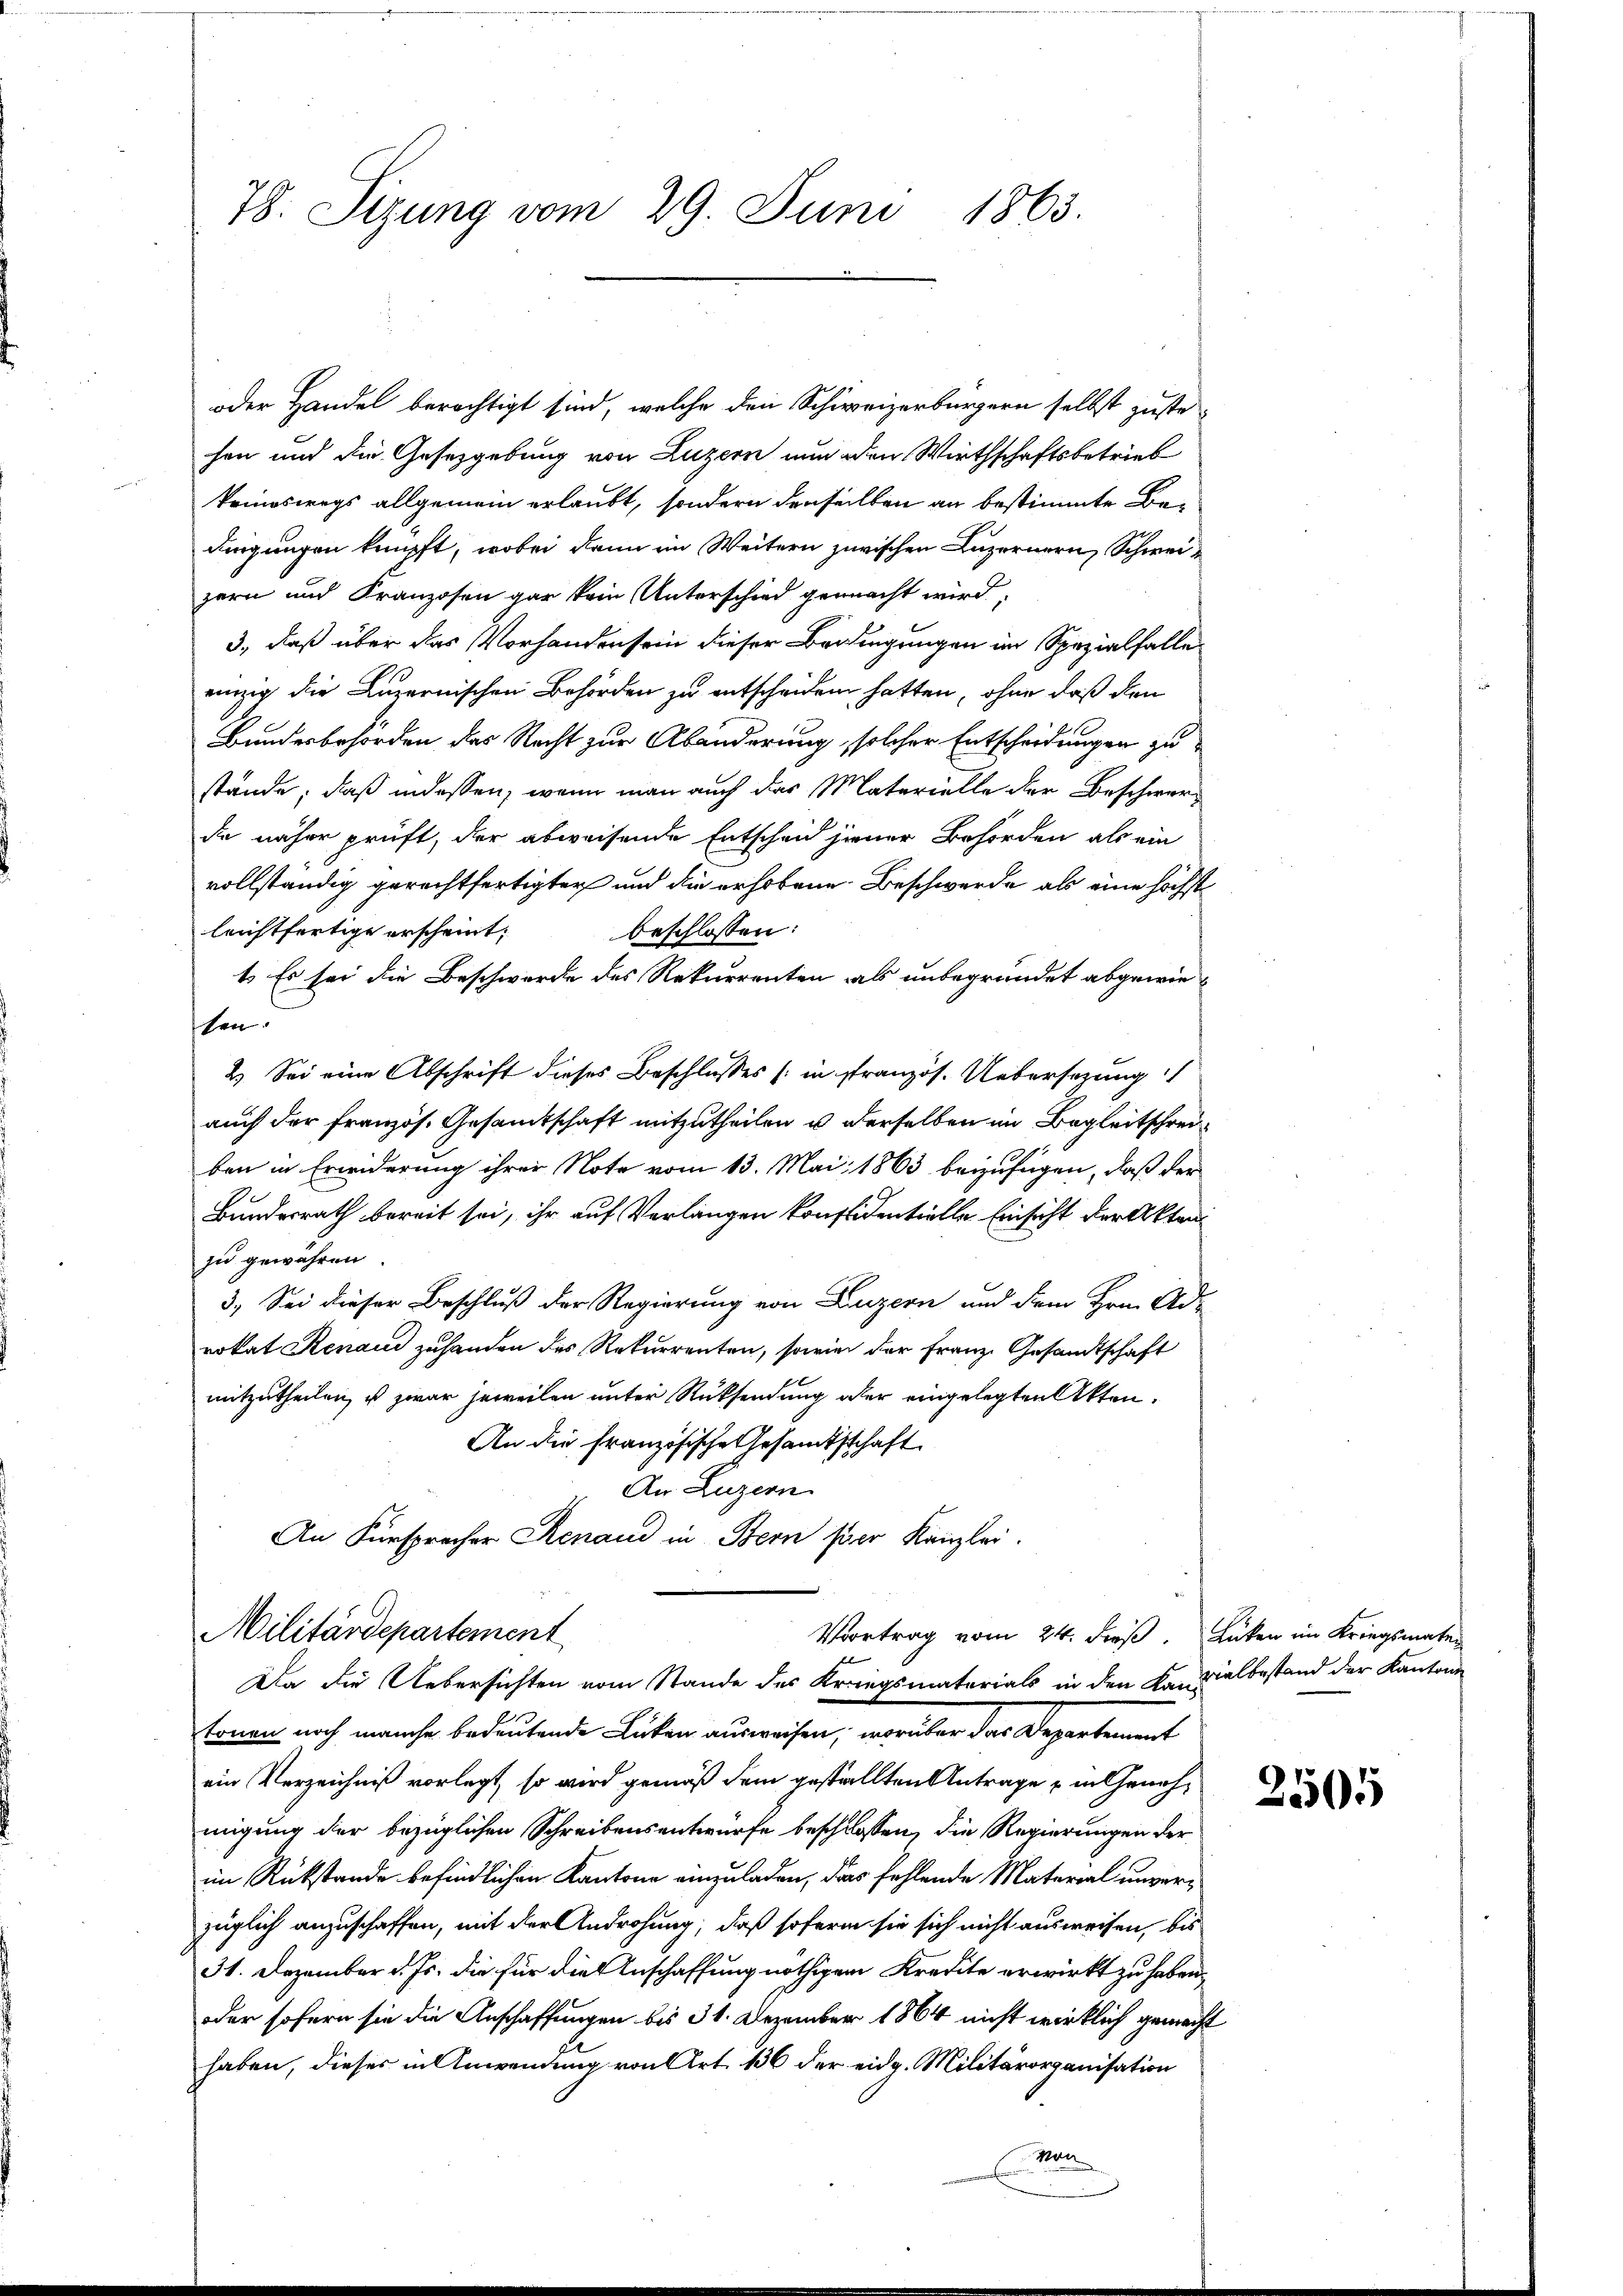
78. Sizung vom 29. Juni 1863.

oder Handel berechtigt sind, welche den Schweizerbürgern selbst zuste-
hen und die Gesetzgebung von Luzern nun den Wirthschaftsbetrieb
keineswegs allgemein erlaubt, sondern denselben an bestimmte Bedingungen knüpft, wobei dann im Weitern zurischen Luzernern, Schweizern und Franzosen gar kein Unterschied gemacht wird,
3., daß über das Vorhanden sein dieser Bedingungen im Spezialfalle
einzig die Luzernischen Behörden zu entscheiden hatten, ohne daß den
Bundesbehörden des Recht zur Abänderung, solcher Entscheidungen zu
stände; daß indessen, wenn man auch das Materielle der Beschwerde näher prüft, der abweisende Entschein jener Behörden als ein
vollständig gerechtfertigter und die erhobene Beschwerde als eine höchst
leichtfertige erscheint;
beschlossen:
1. Es sei die Beschwerde des Rekurrenten als unbegründet abgewieschen.
2.) Sei eine Abschrift dieses Beschlusses (in stranzös. Uebersetzung
auch der französ. Gesamtschaft mitzutheilen u. derselben im Begleitschreiben in Erwiderung ihrer Note vom 13. Mai 1863 beizufügen, daß der
Bundesrath bereit sei, ihr auf Verlangen konfidentielle Einsicht der Aktenzu gewähren
3.) Sei dieser Beschluß der Regierung von Luzern und dem Hrn. Ad-
rokat Renaud zuhanden des Rekurrenten, sowie der Franz Gesandtschaft
mitzutheilen, u zwar jeweilen unter Rücksendung oder eingelegten Akten.
An die Französische Gesamtsschaft
An Luzern
An Fürsprecher Renaud in Bern hier Kanzlei.

Militärdepartement
Vortrag vom 24. dieß. Lücken im Kriegsmater
Da die Uebersichten vom Stande des Kriegsmaterials in den Kandialbestand der Kantons

Ernen noch manche bedeutende Lücken auswesen, worüber das Departement
ein Verzeichniß vorlegt, so wird gemäß dem gestellten Antrage in Genehmigung der bezüglichen Schreibensentwürfe beschlossen, die Regierungen der
im Rückstande befindlichen Kantone einzuladen, das fehlende Material unverzüglich anzuschaffen, mit der Androhung, daß sofern sie sich nicht ausweisen, bis
31. Dezember d. Js. die für die Anschaffung nöthigem Kredite erwirkt zu haben,
oder sofern sie die Anschaffungen bis 31. Dezember 1864 nicht wirklich gemacht
haben, dieses in Anwendung von Art. 136 der eidg. Militärorganisation
von

25505